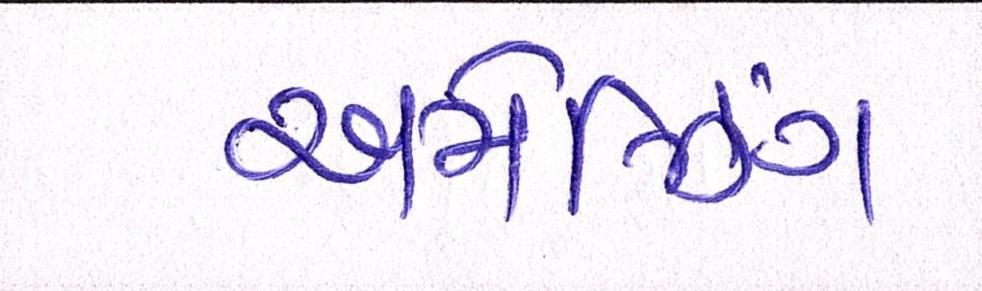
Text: અમેઝિંગ